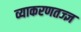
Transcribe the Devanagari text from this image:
व्याकरणतज्‍ज्ञ